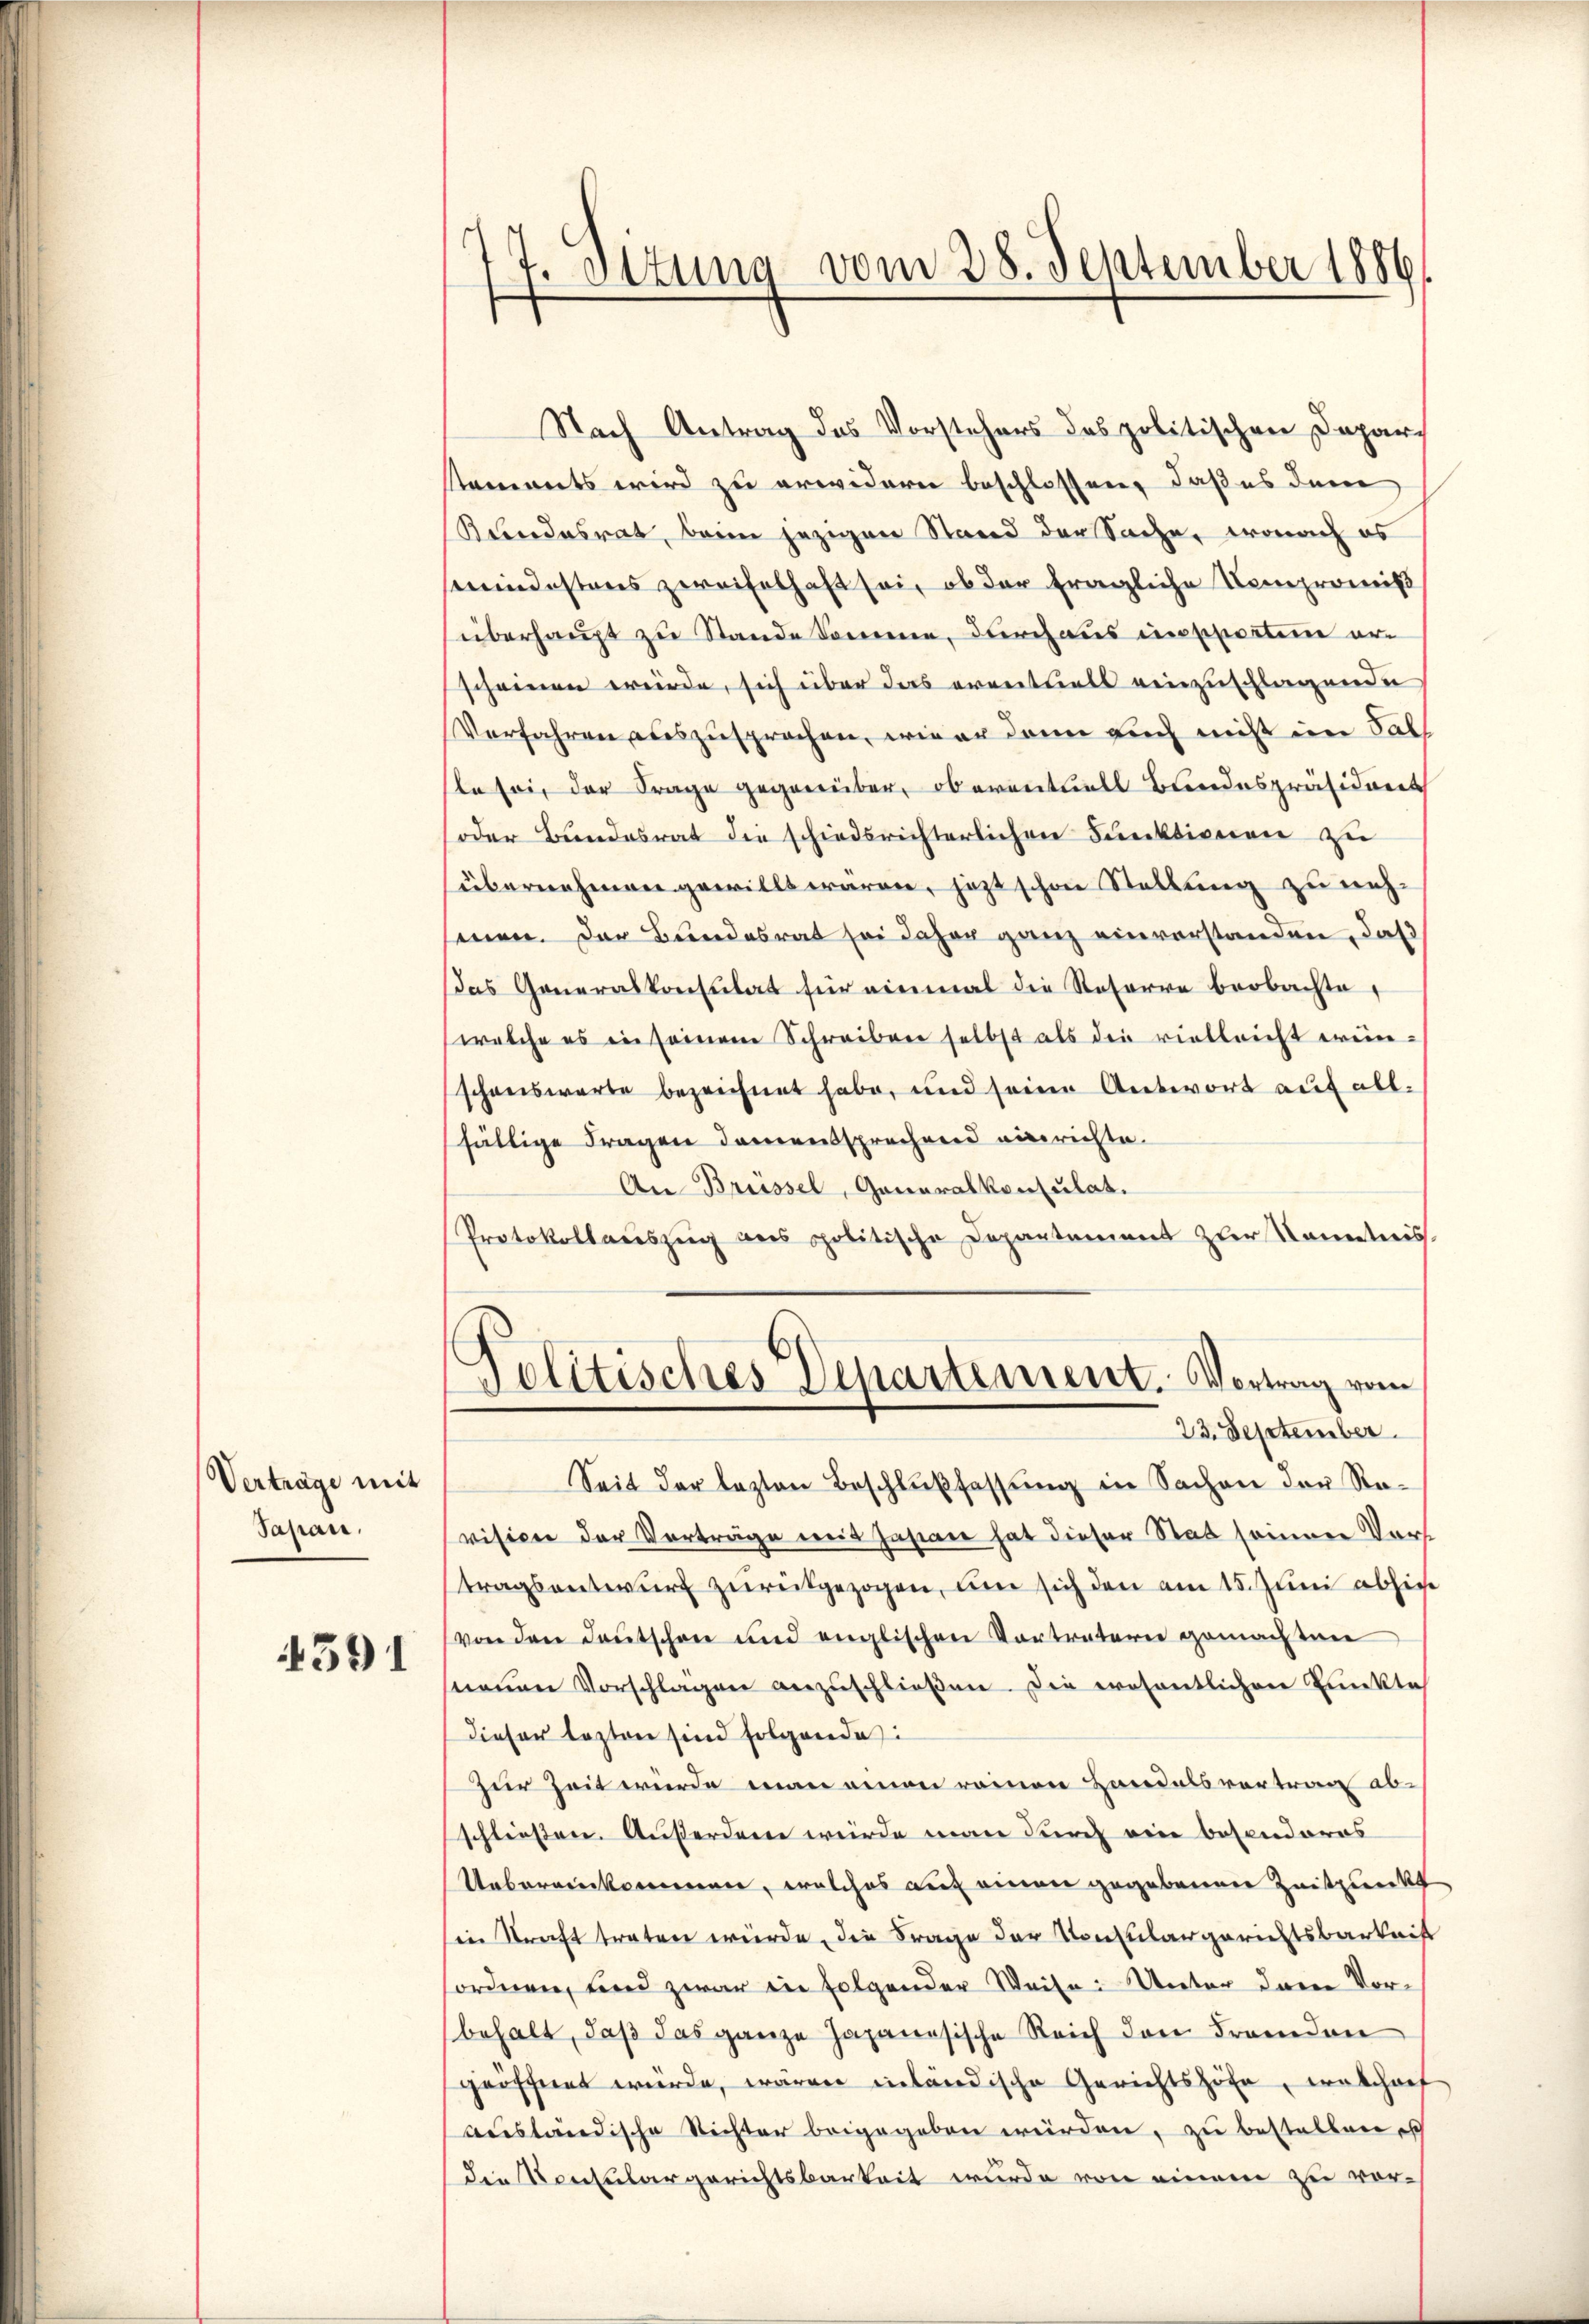
Verträge mit
Japan,
4391

sch
Ottung vom 28. September 1886

Nach Antrag des Vorstehers des politischen Depar
staments wird zu erwidern beschlossen, daß es dem
Bundesrat, beim jezigen Stand der Sache, wonach es
semindesteres zweifelhaft sei, ob der fragliche Kompromiß
überhaupt zu Stande Somme, durchaus unpportim erscheinen würde, sich über das eventuels einzuschlagende
Verfahren auszusprochen, wie er dann auch nicht im Sal
te sei der Frage gegenüber, ob eventuell Bandespräsidiret
oder Bundesrat die schiedsrichterlichen Funktionen zu
(übernehmen gewillt wären, jezt schon Stellung zu nehseien. Der Bundesrat sei daher ganz einverstanden, daß
das Generalkonsulat für einmal die Reserre beobachte,
welche es in seinem Schreiben selbst als die vielleicht erinneschenswerte bezeichnet habe, und seine Antwort auf allfältige Fragen damentsprechend einrichte.
An Brüssel, Generalkonsulat.
Protokollauszug des politische Departement zur Kenntnis
Politisches Departement. Vortrag vom
23. September.
Seit der lezten Beschlußfassung in Sachen den Revisice der Vorträge mit Jahren hat dieser Stat seiner Vor
tragsentwurf zurückgezogen, um sich den am 15. Juni absiche
von den Deutschon und englischen Vorträtern gemachten
neŭen Vorschlagen anzŭschlieβen. Die erosentlichen Punktes
dieser lezten sind folgende
zur Zeit wurde man einen reinen Handelsvertrag abschliessen. Außerden würde man durch eine besonderes
Uebereinkommen, welches auf einen gegebenen Zeitpunkt
in Straft traten würde, die Frage der Konsulargerichtsbarkeit
sordnen, und zwar in folgender Weise: Unter deren Vorbehalt, daß das ganze Japanesische Reich den Fremden
geöffnet würde, wären inländische Gerichtshöfe, welcharf
ausländische Richter beigegeben würden, zu bestellen sch
die Konsulargerichtsbarkeit wurde von einem zu vor-